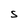
Character: S